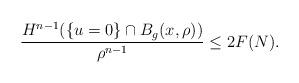
LaTeX: \begin{align*} \frac{H^{n-1}(\{u=0\}\cap B_g(x,\rho))}{ \rho^{n-1}} \leq 2F(N).\end{align*}